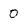
Character: 0